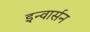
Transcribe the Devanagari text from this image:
इन्वार्सन